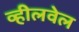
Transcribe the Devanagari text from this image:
व्हीलवेल